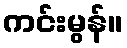
ကင်းမွန်။